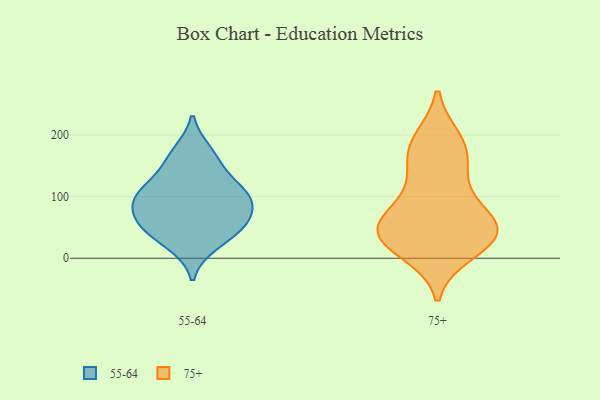
{"axis": {"x": "Budget (USD K)", "y": "Value"}, "legend": ["55-64", "75+"], "data": [{"x": "", "y": 95, "type": "55-64"}, {"x": "", "y": 174, "type": "55-64"}, {"x": "", "y": 87, "type": "55-64"}, {"x": "", "y": 147, "type": "55-64"}, {"x": "", "y": 107, "type": "55-64"}, {"x": "", "y": 62, "type": "55-64"}, {"x": "", "y": 55, "type": "55-64"}, {"x": "", "y": 48, "type": "55-64"}, {"x": "", "y": 112, "type": "55-64"}, {"x": "", "y": 21, "type": "55-64"}, {"x": "", "y": 31, "type": "75+"}, {"x": "", "y": 45, "type": "75+"}, {"x": "", "y": 12, "type": "75+"}, {"x": "", "y": 168, "type": "75+"}, {"x": "", "y": 190, "type": "75+"}, {"x": "", "y": 102, "type": "75+"}, {"x": "", "y": 60, "type": "75+"}, {"x": "", "y": 65, "type": "75+"}, {"x": "", "y": 138, "type": "75+"}, {"x": "", "y": 39, "type": "75+"}, {"x": "", "y": 184, "type": "75+"}, {"x": "", "y": 32, "type": "75+"}, {"x": "", "y": 45, "type": "75+"}]}